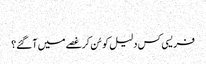
‏
فریسی کس دلیل کو سُن کر غصے میں آ گئے؟